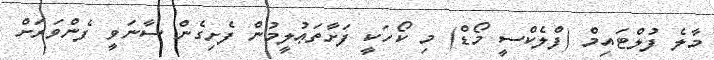
މާލެ ފުލްޓައިމް (ފްލެކްސީ މޯޑް) މި ކޯހަކީ ފަށާތަޢުލީމުން ފެށިގެން ސާނަވީ ފެންވަރަށް